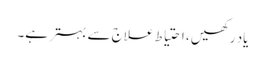
یاد رکھیں ، احتیاط علاج سے بہتر ہے۔